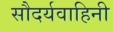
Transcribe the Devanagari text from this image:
सौदर्यवाहिनी